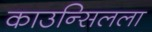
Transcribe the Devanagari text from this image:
काउन्सिलला